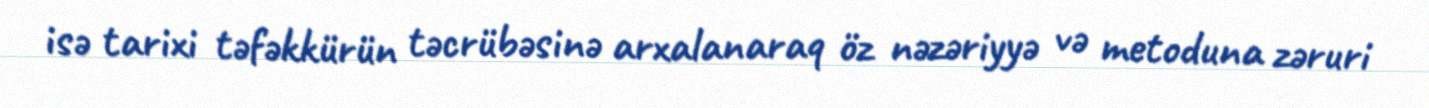
isə tarixi təfəkkürün təcrübəsinə arxalanaraq öz nəzəriyyə və metoduna zəruri